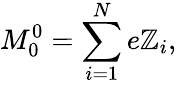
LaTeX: M_{0}^{0}=\sum_{i=1}^{N}e\mathbb{Z}_{i},